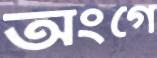
অংগে